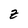
Character: z